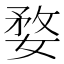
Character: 婺